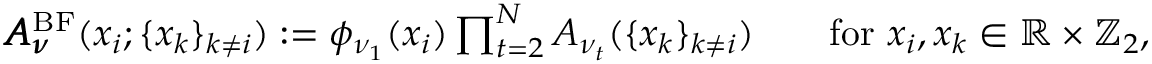
\begin{array} { r } { \pmb { A } _ { \pmb { \nu } } ^ { \mathrm { B F } } ( x _ { i } ; \{ x _ { k } \} _ { k \neq i } ) : = \phi _ { \nu _ { 1 } } ( x _ { i } ) \prod _ { t = 2 } ^ { N } A _ { \nu _ { t } } ( \{ x _ { k } \} _ { k \neq i } ) \qquad \mathrm { f o r } ~ x _ { i } , x _ { k } \in \mathbb { R } \times \mathbb { Z } _ { 2 } , } \end{array}